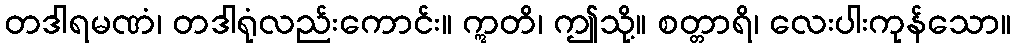
တဒါရမဏံ၊ တဒါရုံလည်းကောင်း။ ဣတိ၊ ဤသို့။ စတ္တာရိ၊ လေးပါးကုန်သော။